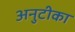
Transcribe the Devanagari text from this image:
अनुटीका